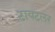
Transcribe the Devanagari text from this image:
टायटलर